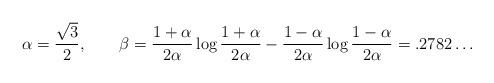
LaTeX: \begin{align*}\alpha = \frac{\sqrt{3}}{2}, \ \ \ \ \ \ \beta= \frac{1 + \alpha}{2 \alpha} \log \frac{1 + \alpha}{2 \alpha} - \frac{1 - \alpha}{2 \alpha} \log \frac{1 - \alpha}{2 \alpha} = .2782\dots\end{align*}